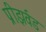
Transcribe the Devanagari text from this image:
प्रीझर्वड